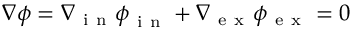
\nabla \boldsymbol \phi = \nabla { } _ { \mathrm { ~ i ~ n ~ } } \boldsymbol \phi { } _ { \mathrm { ~ i ~ n ~ } } ^ { } + \nabla { } _ { \mathrm { ~ e ~ x ~ } } \boldsymbol \phi { } _ { \mathrm { ~ e ~ x ~ } } ^ { } = 0